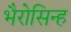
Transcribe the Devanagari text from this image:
भैरोसिन्ह